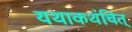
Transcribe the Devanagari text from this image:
यथाकथंचित्‌